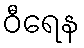
ဝီရေန